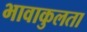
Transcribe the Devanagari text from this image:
भावाकुलता